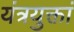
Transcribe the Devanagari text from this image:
यंत्रयुक्तां